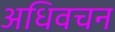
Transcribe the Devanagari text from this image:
अधिवचन